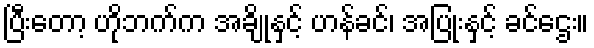
ပြီးတော့ ဟိုဘက်က အချိုနှင့် ဟန်ခင်၊ အပြုံးနှင့် ခင်ဌေး။